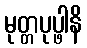
မုတ္တပုပ္ဖါနိ